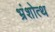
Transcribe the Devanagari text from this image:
भ्रंशोत्थ